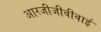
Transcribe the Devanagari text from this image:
आरजीजीवीवाई